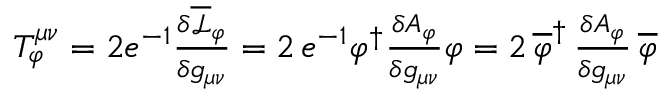
\begin{array} { r } { T _ { \varphi } ^ { \mu \nu } = 2 e ^ { - 1 } \frac { \delta \overline { { \mathcal { L } } } _ { \varphi } } { \delta g _ { \mu \nu } } = 2 \, e ^ { - 1 } \varphi ^ { \dag } \frac { \delta A _ { \varphi } } { \delta g _ { \mu \nu } } \varphi = 2 \, \overline { { \varphi } } ^ { \dag } \, \frac { \delta A _ { \varphi } } { \delta g _ { \mu \nu } } \, \overline { { \varphi } } } \end{array}